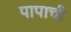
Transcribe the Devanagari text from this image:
पापाची